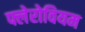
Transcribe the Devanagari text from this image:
फ्लेरोवियम